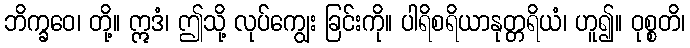
ဘိက္ခဝေ၊ တို့။ ဣဒံ၊ ဤသို့ လုပ်ကျွေး ခြင်းကို။ ပါရိစရိယာနုတ္တရိယံ၊ ဟူ၍။ ဝုစ္စတိ၊